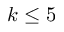
k \leq 5